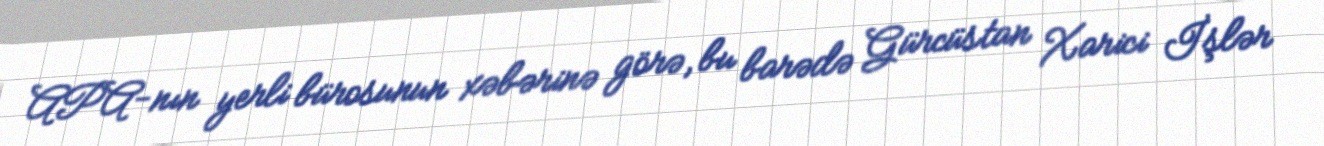
APA-nın yerli bürosunun xəbərinə görə, bu barədə Gürcüstan Xarici İşlər